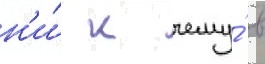
н'и́ к чему́ в